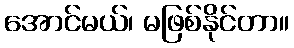
အောင်မယ်၊ မဖြစ်နိုင်တာ။